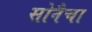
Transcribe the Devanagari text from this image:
सोनैचा